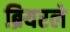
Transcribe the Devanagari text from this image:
ब्रियरले